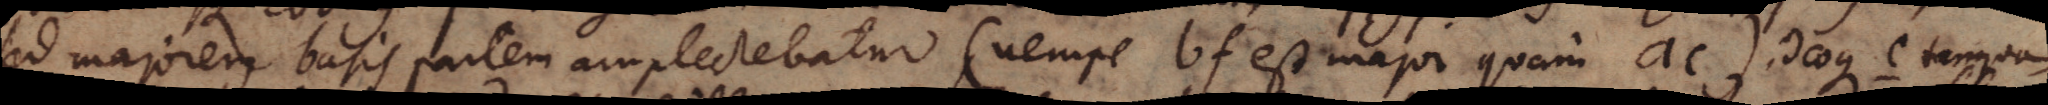
sed majorem basis partem amplectebatur, (nempe bf est major quam ac) ideoque c tanquam